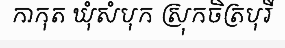
កាកុត ឃុំសំបុក ស្រុកចិត្របុរី